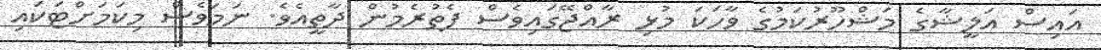
އައިސް އަލީޝާގެ މަޝްހޫރުކަމުގެ ވާހަކަ މުޅި ރާއްޖޭގައިވެސް ފެތުރެމުން ދާތީއެވެ. ނަމަވެސް މިކަމަށްޓަކައި